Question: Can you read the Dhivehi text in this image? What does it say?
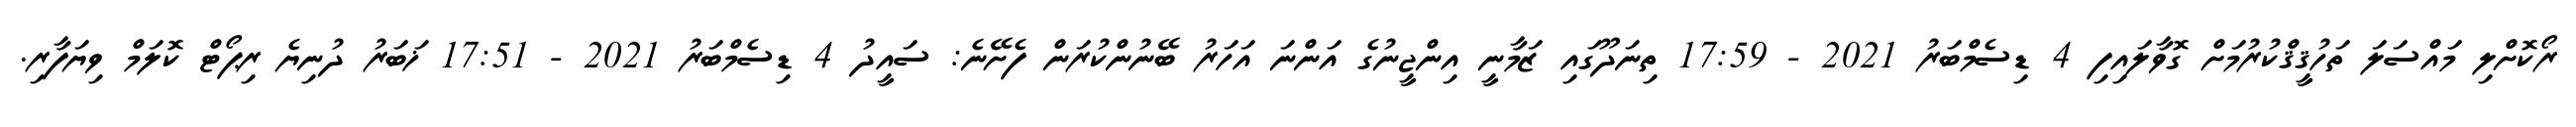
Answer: ރޯކޮށްލި މައްސަލަ ތަހުޤީޤްކުރުމަށް ގޮވާލައިފި 4 ޑިސެމްބަރު 2021 - 17:59 ތިނަދޫގައި ޒަމާނީ އިންޖީނުގެ އަންނަ އަހަރު ބޭނުންކުރަން ފެށޭނެ: ސައީދު 4 ޑިސެމްބަރު 2021 - 17:51 ޚަބަރު ދުނިޔެ ރިޕޯޓް ކޮލަމް ވިޔަފާރި.